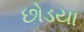
છોડયા